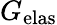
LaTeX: G_{\mathrm{elas}}